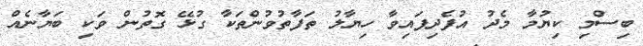
ބިސްމި ކިޔުމާ މެދު އުފެދިފައިވާ ހިޔާލު ތަފާތުވުންތަކާ ގުޅޭ ގޮތުން ވަކި ބަޔާނެއް